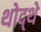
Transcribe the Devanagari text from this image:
थोद्थे